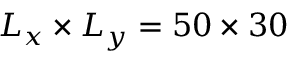
L _ { x } \times L _ { y } = 5 0 \times 3 0